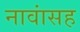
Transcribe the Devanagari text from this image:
नावांसह